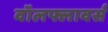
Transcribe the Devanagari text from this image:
वॉलफ्लावर्स